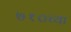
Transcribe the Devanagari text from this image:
७१०च्या